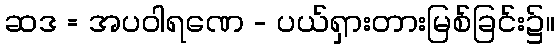
ဆဒ = အပဝါရဏေ - ပယ်ရှားတားမြစ်ခြင်း၌။